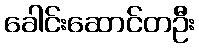
ခေါင်းဆောင်တဦး